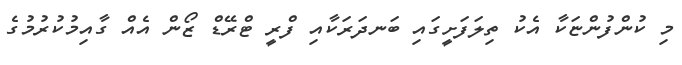
މި ކުންފުންޏަކާ އެކު ތިލަފަށީގައި ބަނދަރަކާއި ފްރީ ޓްރޭޑް ޒޯން އެއް ގާއިމުކުރުމުގެ